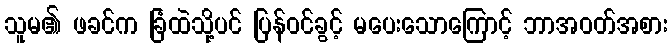
သူမ၏ ဖခင်က ခြံထဲသို့ပင် ပြန်ဝင်ခွင့် မပေးသောကြောင့် ဘာအဝတ်အစား